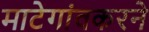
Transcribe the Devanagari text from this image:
माटेगांवकरने